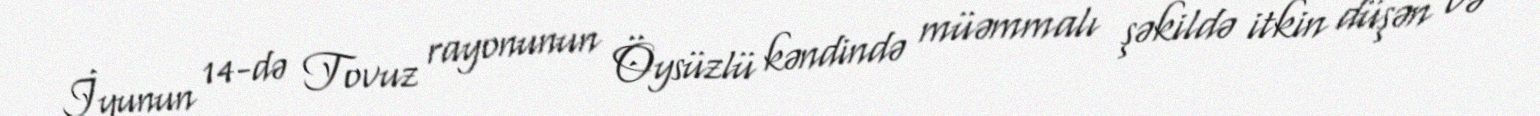
İyunun 14-də Tovuz rayonunun Öysüzlü kəndində müəmmalı şəkildə itkin düşən və